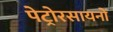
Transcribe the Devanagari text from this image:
पेट्रोरसायनों